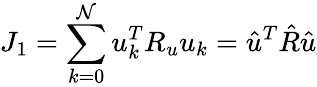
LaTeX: J_{1}=\sum_{k=0}^{\mathcal{N}}u_{k}^{T}R_{u}u_{k}=\hat{{u}}^{T}\hat{{R}}\hat{{u}}